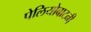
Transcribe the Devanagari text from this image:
पेलियोबाटनी